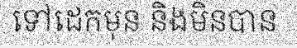
ទៅដេកមុន និងមិនបាន